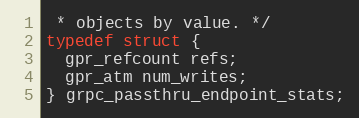
Language: C
 * objects by value. */
typedef struct {
  gpr_refcount refs;
  gpr_atm num_writes;
} grpc_passthru_endpoint_stats;